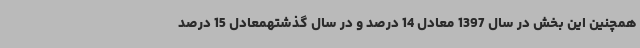
همچنین این بخش در سال 1397 معادل 14 درصد و در سال گذشتهمعادل 15 درصد